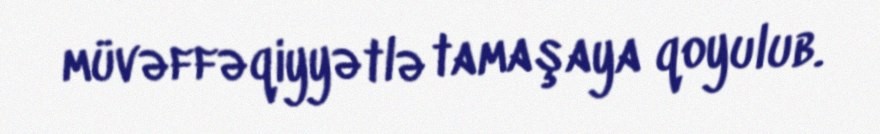
müvəffəqiyyətlə tamaşaya qoyulub.